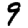
Digit: 9